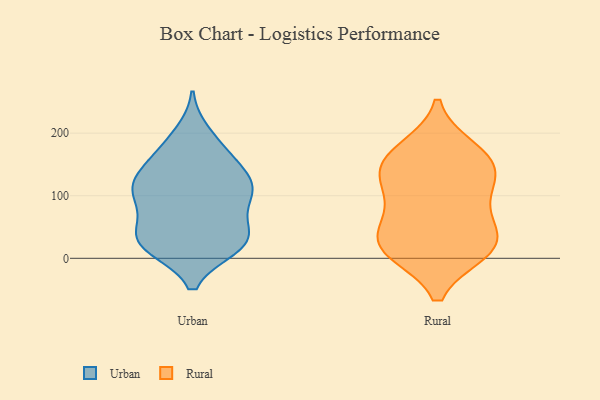
{"axis": {"x": "Inventory Turnover", "y": "Value"}, "legend": ["Rural", "Urban"], "data": [{"x": "", "y": 18, "type": "Urban"}, {"x": "", "y": 100, "type": "Urban"}, {"x": "", "y": 38, "type": "Urban"}, {"x": "", "y": 107, "type": "Urban"}, {"x": "", "y": 26, "type": "Urban"}, {"x": "", "y": 121, "type": "Urban"}, {"x": "", "y": 199, "type": "Urban"}, {"x": "", "y": 109, "type": "Urban"}, {"x": "", "y": 43, "type": "Urban"}, {"x": "", "y": 142, "type": "Urban"}, {"x": "", "y": 54, "type": "Urban"}, {"x": "", "y": 22, "type": "Urban"}, {"x": "", "y": 21, "type": "Urban"}, {"x": "", "y": 116, "type": "Urban"}, {"x": "", "y": 19, "type": "Urban"}, {"x": "", "y": 146, "type": "Urban"}, {"x": "", "y": 84, "type": "Urban"}, {"x": "", "y": 179, "type": "Urban"}, {"x": "", "y": 164, "type": "Urban"}, {"x": "", "y": 106, "type": "Urban"}, {"x": "", "y": 174, "type": "Rural"}, {"x": "", "y": 121, "type": "Rural"}, {"x": "", "y": 28, "type": "Rural"}, {"x": "", "y": 15, "type": "Rural"}, {"x": "", "y": 12, "type": "Rural"}, {"x": "", "y": 165, "type": "Rural"}, {"x": "", "y": 29, "type": "Rural"}, {"x": "", "y": 155, "type": "Rural"}, {"x": "", "y": 123, "type": "Rural"}, {"x": "", "y": 81, "type": "Rural"}, {"x": "", "y": 66, "type": "Rural"}, {"x": "", "y": 14, "type": "Rural"}, {"x": "", "y": 139, "type": "Rural"}]}